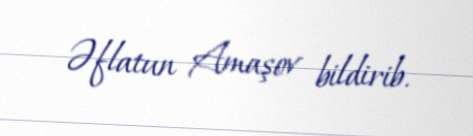
Əflatun Amaşov bildirib.